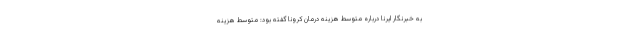
به خبرنگار ایرنا درباره متوسط هزینه درمان کرونا گفته بود: متوسط هزینه